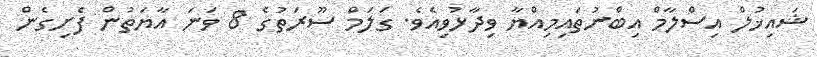
ޝައިޚުލް އިސްލާމް އިބްނުތައިމިއްޔާ ވިދާޅުވިއެވެ. ގަލަމް ސޫރަތުގެ 8 ވަނަ އާޔަތުން ފެށިގެން